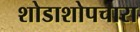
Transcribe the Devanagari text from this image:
शोडाशोपचारा